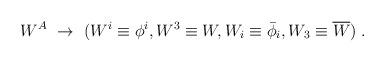
LaTeX: \begin{align*}W^A \ \rightarrow\ (W^i\equiv \phi^i, W^3\equiv W,W_i \equiv \bar \phi_i, W_3 \equiv \overline W)\;.\end{align*}